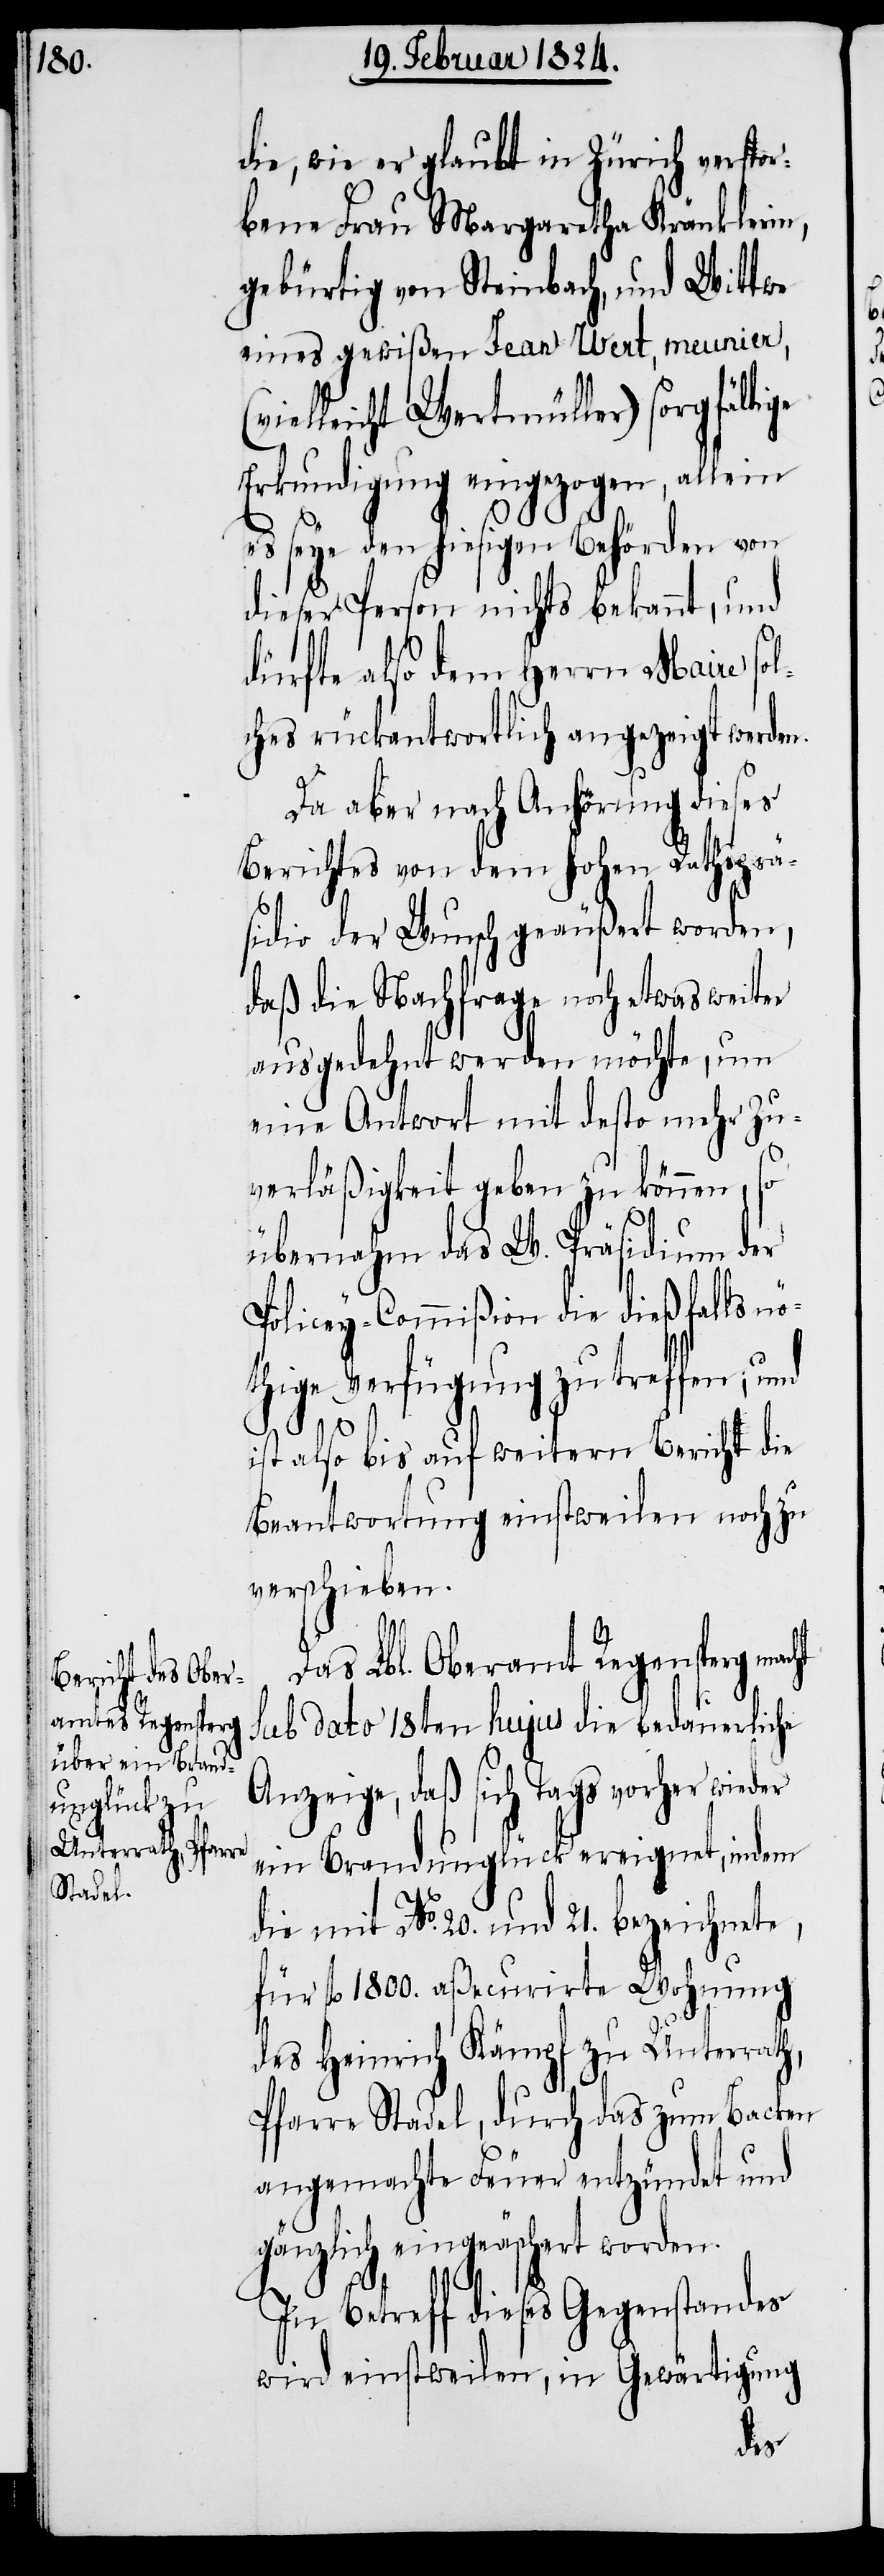
die, wie er glaubt in Zürich verstor¬
bene Frau Margaretha Kränklerin,
gebürtig von Steinbach, und Wittwe
eines gewißen Jean Wert, meunier,
ielleicht Wertmüller) sorgfältige
Erkundigung eingezogen, allein
es seye den hiesigen Behörden von
dieser Person nichts bekannt, und
dürfte also dem Herrn Maire sol¬
ches rückantwortlich angezeigt werden.
Da aber nach Anhörung dieses
Berichtes von dem hohen Rathsprä¬
sidio der Wunsch geäußert worden,
daß die Nachfrage noch etwas weiter
ausgedehnt werden möchte, um
eine Antwort mit desto mehr Zu¬
verläßigkeit geben zu können, so
übernahm das W. Präsidium der
Policey-Commißion die dießfalls n¬
öthige Verfügung zu treffen; und
(v¬
ist also bis auf weitern Bericht die
Beantwortung einstweilen noch zu
verschieben.
Das Lbl. Oberamt Regensperg
sub dato 18ten hujus die bedauerliche
Anzeige, daß sich Tags vorher wieder
ein Brandunglück ereignet, indem
die mit No. 20 und 21. bezeichnete,
für fl. 1800. aßecurirte Wohnung
des Heinrich Kämpf zu Unterrath,
Pfarre Stadel, durch das zum Backen
angemachte Feuer entzündet und
gänzlich eingeäschert worden.
In Betreff dieses Gegenstandes
wird einstweilen, in Gewärtigung